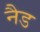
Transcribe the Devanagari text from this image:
नैड